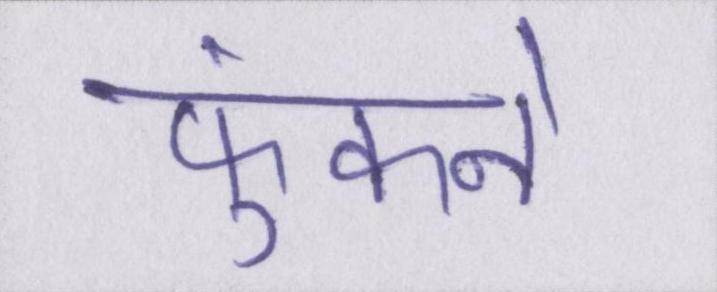
फुंकने